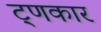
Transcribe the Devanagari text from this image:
ट्णकार